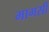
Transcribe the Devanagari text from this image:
मागसी